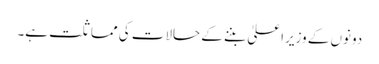
دونوں کے وزیراعلیٰ بننے کے حالات کی مماثلت ہے۔